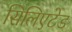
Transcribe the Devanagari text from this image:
सिलिएटेड